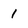
Character: 1